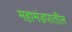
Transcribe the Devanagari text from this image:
महामंडपातील